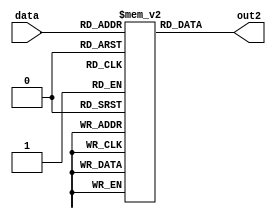
module dispatch2 (output [3:0]out2, input [1:0]data);

    wire [3:0]out2 ;
    reg [3:0]dispatch_rom[3:0];
    initial begin
		dispatch_rom[0]=11;
		dispatch_rom[1]=12;
		dispatch_rom[2]=12;
		dispatch_rom[3]=12;
	end
    assign out2=dispatch_rom[data];
    
    
endmodule